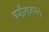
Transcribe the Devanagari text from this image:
वशीकरण।